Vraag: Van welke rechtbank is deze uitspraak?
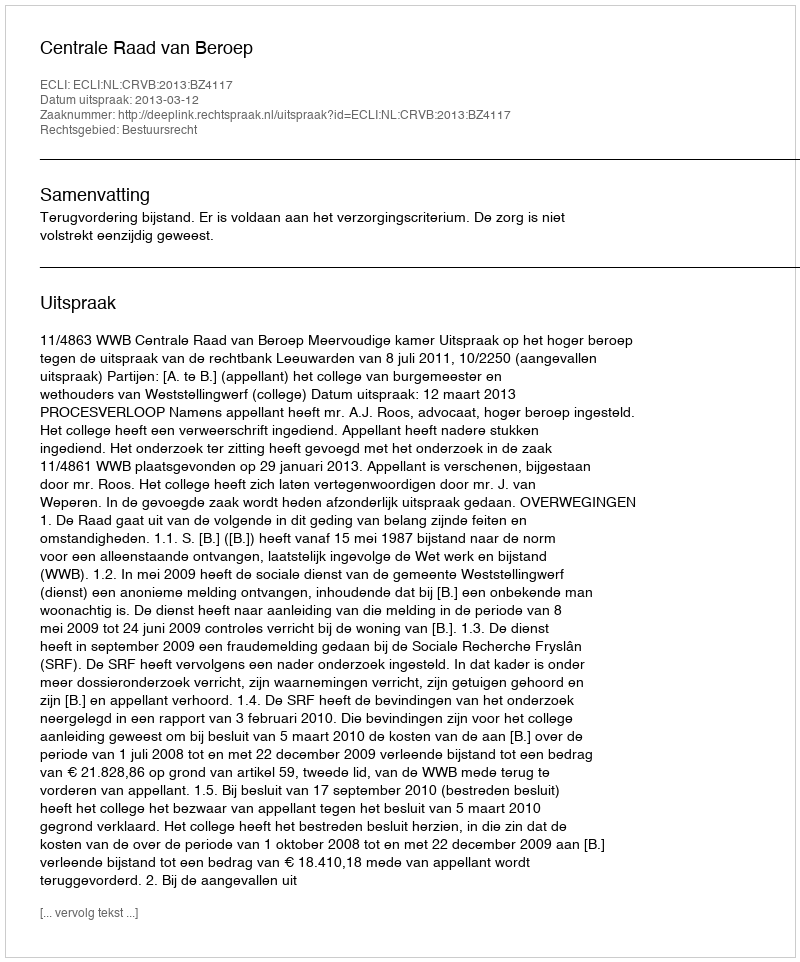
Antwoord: Centrale Raad van Beroep